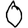
Digit: 0